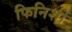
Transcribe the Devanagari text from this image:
फिनिशों